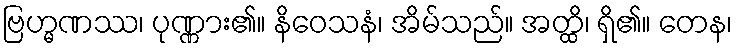
ဗြဟ္မဏဿ၊ ပုဏ္ဏား၏။ နိဝေသနံ၊ အိမ်သည်။ အတ္ထိ၊ ရှိ၏။ တေန၊